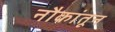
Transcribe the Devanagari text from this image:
नौकांतून